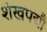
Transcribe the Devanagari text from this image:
शंखपद्मौ